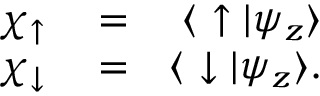
\begin{array} { r l r } { \chi _ { \uparrow } } & { { } = } & { \langle \ \uparrow | \psi _ { z } \rangle } \\ { \chi _ { \downarrow } } & { { } = } & { \langle \ \downarrow | \psi _ { z } \rangle . } \end{array}